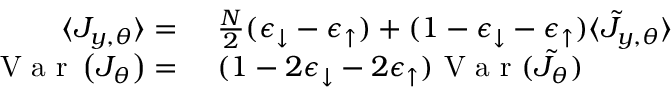
\begin{array} { r l } { \langle J _ { y , \theta } \rangle = ~ } & { { } \frac { N } { 2 } ( \epsilon _ { \downarrow } - \epsilon _ { \uparrow } ) + ( 1 - \epsilon _ { \downarrow } - \epsilon _ { \uparrow } ) \langle \tilde { J } _ { y , \theta } \rangle } \\ { \mathrm { ~ V ~ a ~ r ~ } \left( J _ { \theta } \right) = ~ } & { { } ( 1 - 2 \epsilon _ { \downarrow } - 2 \epsilon _ { \uparrow } ) \mathrm { ~ V ~ a ~ r ~ } ( \tilde { J _ { \theta } } ) } \end{array}